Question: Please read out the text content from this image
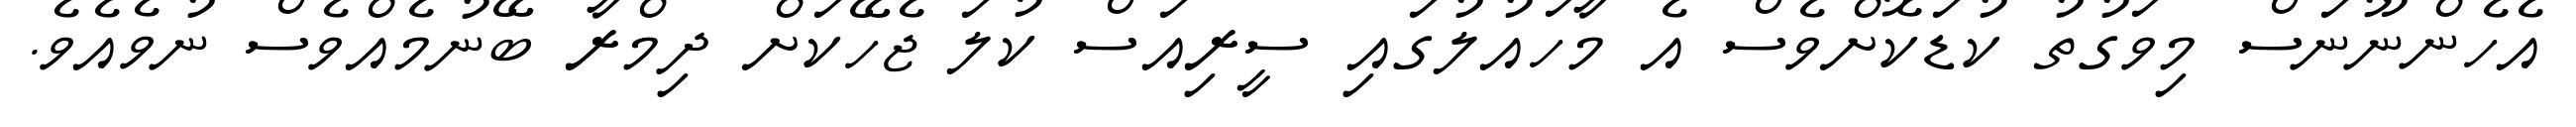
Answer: އެހެންނޫނަސް މިވަގުތު ކުޑަކޮށްވެސް އެ މާހައުލުގައި ސީރިއަސް ކުލަ ޖެހޭކަށް ދިމްރާ ބޭނުމެއްވެސް ނުވެއެވެ.